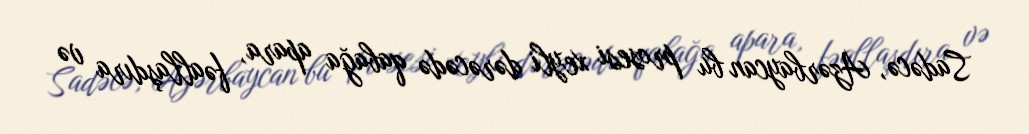
Sadəcə, Azərbaycan bu prosesi xeyli dərəcədə qabağa apara, fəallaşdıra və